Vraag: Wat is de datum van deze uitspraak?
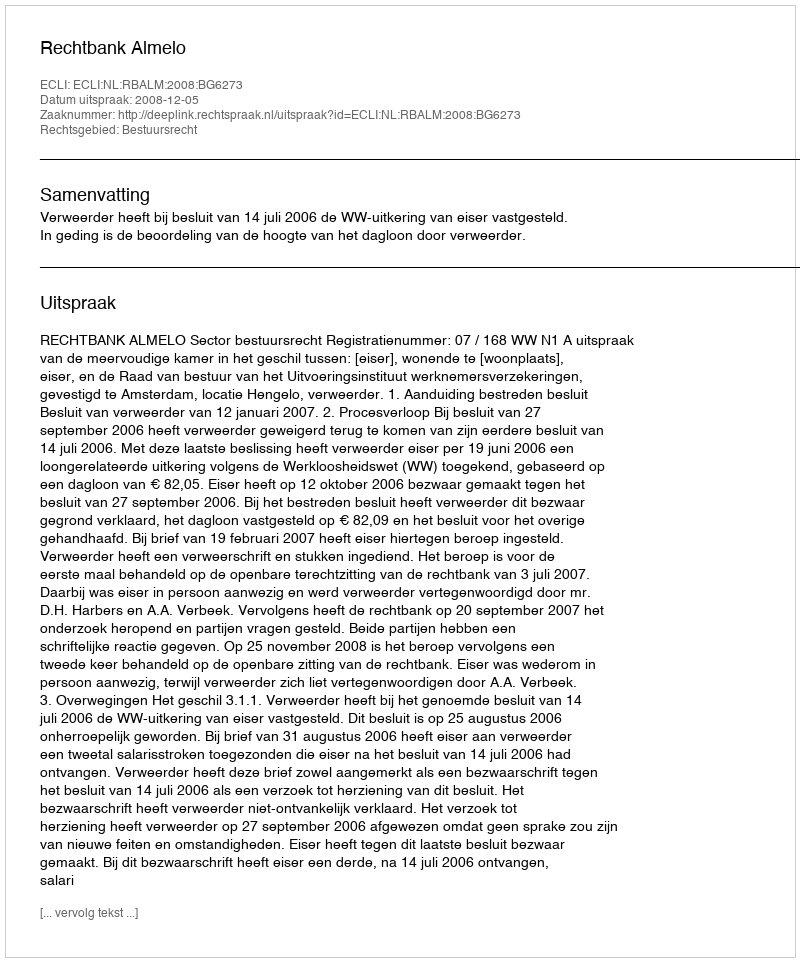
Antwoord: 2008-12-05